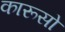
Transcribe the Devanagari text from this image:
कारूसो